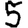
Digit: 5